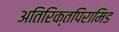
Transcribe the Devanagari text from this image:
अतिरिक्तपिरामिड